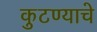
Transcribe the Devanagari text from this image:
कुटण्याचे